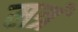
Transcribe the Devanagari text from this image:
मत्रं